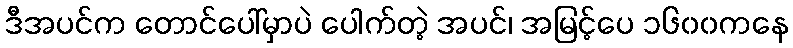
ဒီအပင်က တောင်ပေါ်မှာပဲ ပေါက်တဲ့ အပင်၊ အမြင့်ပေ ၁၆၀၀ကနေ